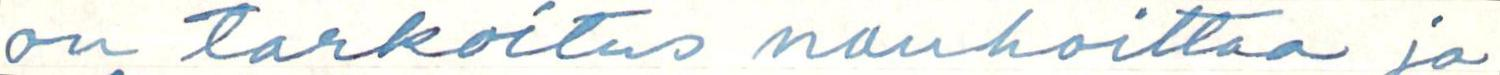
on tarkoitus nauhoittaa ja